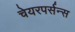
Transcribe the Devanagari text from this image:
चेयरपर्सन्स